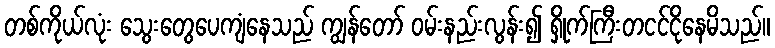
တစ်ကိုယ်လုံး သွေးတွေပေကျံနေသည် ကျွန်တော် ဝမ်းနည်းလွန်း၍ ရှိုက်ကြီးတငင်ငိုနေမိသည်။